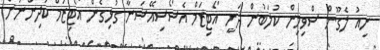
ނިއު ލެގޫން ސްވިމިން ކުލަބުން ދަނީ އޯޓިޒަމް އެސޯސިއޭޝަނާ ގުޅިގެން އޯޓިޒަމް ކުދިންނަށް